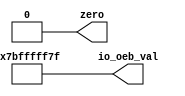
module constant_vectors(
`ifdef USE_POWER_PINS
    inout vdd,		// User area 5.0V supply
    inout vss,		// User area ground
`endif
    // output [7:0] zeroes,
    // output [7:0] ones
    output zero,
    output [37:0] io_oeb_val
);
    assign zero = 1'b0;
    assign io_oeb_val = 37'h7BFFFFF7F;
    // assign zeroes = 8'h00;
    // assign ones = 8'hFF;

endmodule